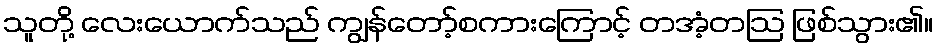
သူတို့ လေးယောက်သည် ကျွန်တော့်စကားကြောင့် တအံ့တဩ ဖြစ်သွား၏။